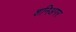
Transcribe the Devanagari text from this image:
शनिअगर